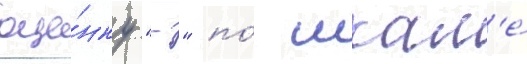
оце́нку "-" по́ шкал'е́